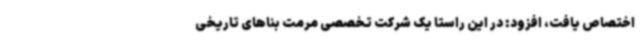
اختصاص یافت، افزود: در این راستا یک‌ شرکت تخصصی مرمت بناهای تاریخی